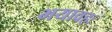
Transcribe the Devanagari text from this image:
भयावहः